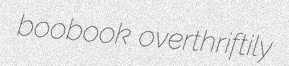
boobook overthriftily